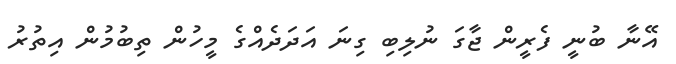
އޭނާ ބުނީ ފެރީން ޖާގަ ނުލިބި ގިނަ އަދަދެއްގެ މީހުން ތިބުމުން އިތުރު